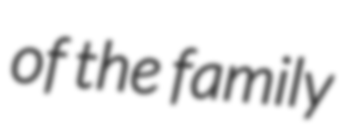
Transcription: of the family